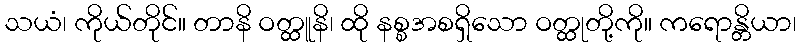
သယံ၊ ကိုယ်တိုင်။ တာနိ ဝတ္ထူနိ၊ ထို နစ္စအစရှိသော ဝတ္ထုတို့ကို။ ကရောန္တိယာ၊